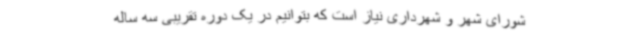
شورای شهر و شهرداری نیاز است که بتوانیم در یک دوره تقریبی سه ساله